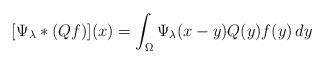
LaTeX: \begin{align*} [\Psi_\lambda \ast (Qf)](x) = \int_{\Omega} \Psi_\lambda(x-y) Q(y)f(y)\,dy \end{align*}